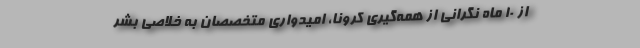
از ۱۰ ماه نگرانی از همه‌گیری کرونا، امیدواری متخصصان به خلاصی بشر